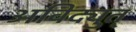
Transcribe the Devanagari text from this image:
अविद्युत्